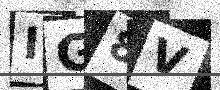
Text: IG8V